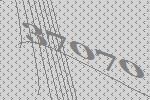
37070